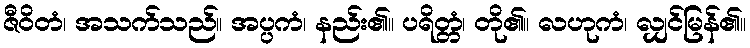
ဇီဝိတံ၊ အသက်သည်။ အပ္ပကံ၊ နည်း၏။ ပရိတ္တံ၊ တို၏။ လဟုကံ၊ လျှင်မြန်၏။